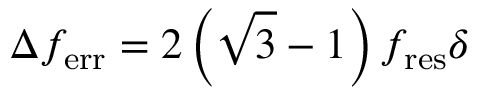
\Delta f _ { \mathrm { e r r } } = 2 \left( \sqrt { 3 } - 1 \right) f _ { \mathrm { r e s } } \delta